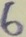
Text: 6